Lunatic asylums Madras 1892-1911 - 1892-1911
Year: 1892
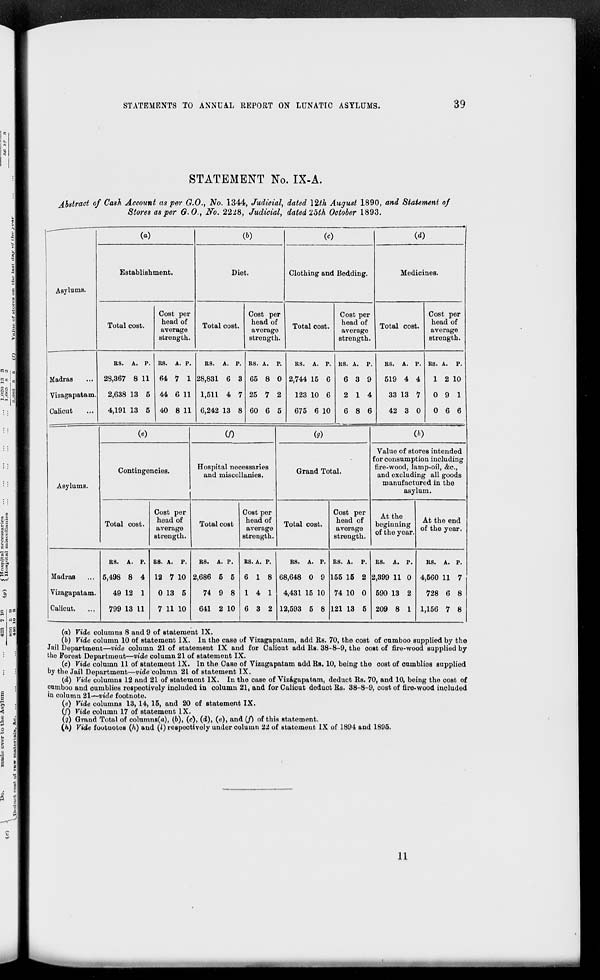
STATEMENTS TO ANNUAL REPORT ON LUNATIC ASYLUMS.
39
STATEMENT No. IX-A.
Abstract of Cash Account as per G.O., No. 1344, Judicial, dated \Wi August 1890, and Statement of
Stores as per Q.O., No. 2228, Judicial, dated loth October 1893.
Asylums.
(a)
Establishment.
Total cost.
Cost per
head of
average
strength.
(&)
Diet.
Total cost.
Cost per
head of
average
strength.
(c)
Clothing and Bedding.
Total cost.
Cost per
head of
average
strength.
(d)
Medicines.
Total cost.
Cost per
head of
average
strength.
Madras
Vizagapatam
Calicut
BS. A. p.
28,367 8 11
2,638 13 5
4,191 13 5
its. A. P.
64 7 1
44 6 11
40 8 11
BS. A. P.
28,831 6 3
1,511 4 7
6,242 13 8
BS. A. p.
65 8 0
25 7 2
60 6 5
BS. A. P.
2,744 15 6
123 10 6
675 6 10
BS. A. p.
6 3 9
2 1 4
6 8 6
BS. A. p. BS. A. P.
519 4 4
1 2 10
33 13 7 0 9 1
42 3 0
0 6 6
Asylums.
00
Contingencies.
(/)
Hospital necessaries
and miscellanies.
Total cost.
Cost per
head of
average
strength.
Total cost
Cost per
head of
average
strength.
(g)
Grand Total.
Total cost.
Cost per
head of
average
strength.
00
Value of stores intended
for consumption including
fire-wood, lamp-oil, &c,
and excluding all goods
manufactured in the
asylum.
At the
beginning
of the year.
At the end
of the year.
Madras
Vizagapatam.
Calicut.
BS. A. p.
5,498 8 4
49 12 1
799 13 11
BS. A. P.
12 7 10
0 13 5
7 11 10
BS. A. P.
BS. A. p.
2,686 5 5 6 1 8
74 9 8 1 4 1
641 2 10 6 3 2
BS. A. P.
68,648 0 9
4,431 15 10
12,593 5 8
BS. A. p.
155 15 2
74 10 0
121 13 5
BS. A. P.
2,399 11 0
590 13 2
209 8 1
BS. A. P.
4,560 11 7
728 6 8
1,156 7 8
(a) Vide columns 8 and 9 of statement IX.
(b) Vide column 10 of statement IX. In the case of Vizagapatam, add Es. 70, the cost of camboo supplied by the
Jail Department—vide column 21 of statement IX and for Caliout add EB. 38-8-9, the cost of fire-wood supplied by
the Forest Department—vide column 21 of statement IX.
(c) Vide column 11 of statement IX. In the Case of Vizagapatam add Es. 10, being the cost of onmblios supplied
by the Jail Department—vide column 21 of statement IX.
(d) Vide columns 12 and 21 of statement IX. In the caso of Vizagapatam, deduct Es. 70, and 10, being the cost of
onmboo and oumblios respectively inoluded in column 21, and for Calicut doduct Ea. 38-8-9, coat of fire-wood included
in column 21—vide footnote.
(e) Vide columns 13, 14, 15, and 20 of statement IX.
(/) Vide column 17 of statement IX.
(g) Grand Total of columns(o), (6), (c), (d), (e), and (/) of this statement.
(A) Vide footuotoB (h) and (I) respectively under column 22 of statement IX of 1894 and 1895.
11